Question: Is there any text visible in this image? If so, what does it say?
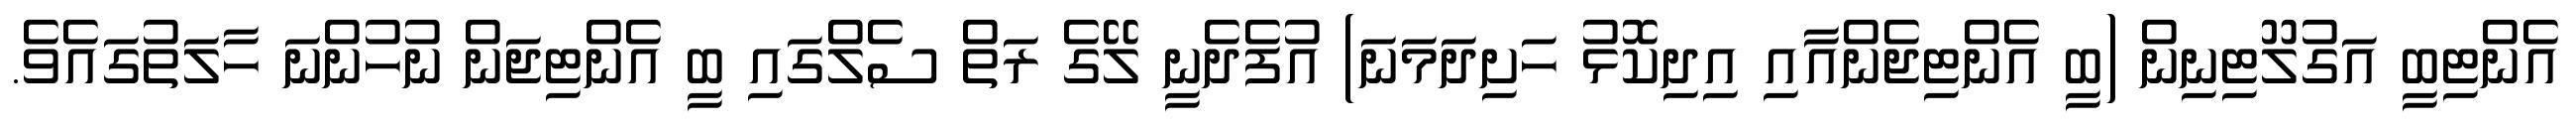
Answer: އެންޓިބީ އަގުލޫޓިނިން (ބީ އެންޓިޖެންއާއި އިދިކޮޅު ހަށިދަމަނަ) އުފެދެނީ ލޭގެ ރަތް ސެލްގައި ބީ އެންޓިޖަން ނުހުންނަ ހާލަތުގައެވެ.